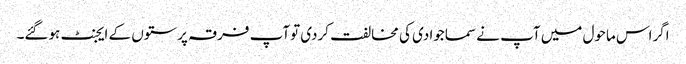
اگراس ماحول میں آپ نے سماجوادی کی مخالفت کردی توآپ فرقہ پرستوں کے ایجنٹ ہوگئے۔